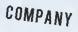
C O M P A N Y